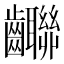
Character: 𪚄